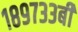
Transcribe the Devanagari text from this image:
१८९७३३बी